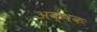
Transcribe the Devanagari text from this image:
अक्षकः